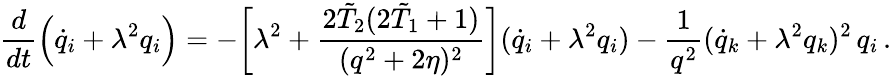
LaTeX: \frac{d}{dt}\Bigl(\dot{q}_{i}+\lambda^{2}q_{i}\Bigr)=-\biggl[\lambda^{2}+\frac{2\tilde{T}_{2}(2\tilde{T}_{1}+1)}{(q^{2}+2\eta)^{2}}\biggr](\dot{q}_{i}+\lambda^{2}q_{i})-\frac{1}{q^{2}}(\dot{q}_{k}+\lambda^{2}q_{k})^{2}\, q_{i}\, .